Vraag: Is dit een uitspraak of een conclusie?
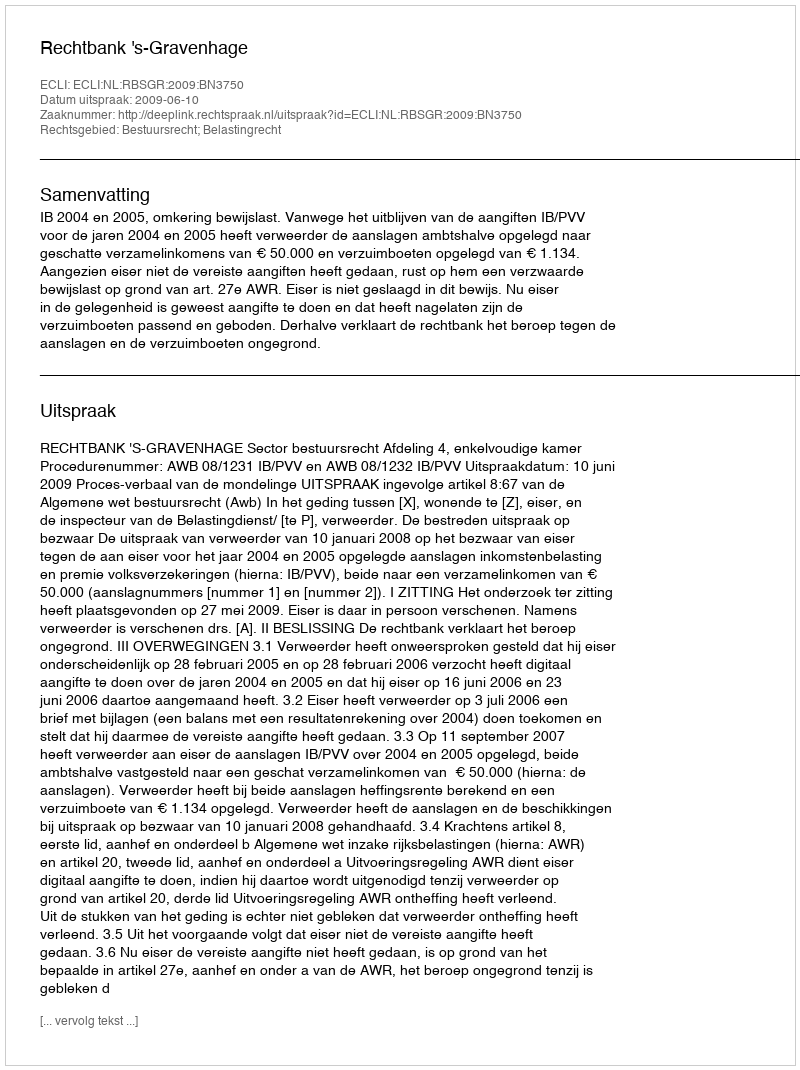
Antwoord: Uitspraak